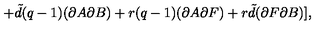
+ { \tilde { d } } ( q - 1 ) ( \partial A \partial B ) + r ( q - 1 ) ( \partial A \partial F ) + r { \tilde { d } } ( \partial F \partial B ) ] ,